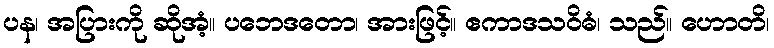
ပန၊ အပြားကို ဆိုအံ့။ ပဘေဒတော၊ အားဖြင့်။ ဧကာဒသဝိဓံ၊ သည်။ ဟောတိ၊